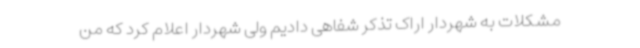
مشکلات به شهردار اراک تذکر شفاهی دادیم ولی شهردار اعلام کرد که من